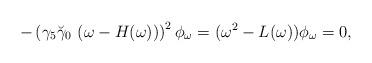
LaTeX: \begin{align*}-\left(\gamma_5 \breve{\gamma}_0~(\omega-H(\omega))\right)^2\phi_\omega=(\omega^2-L(\omega))\phi_\omega=0,\end{align*}